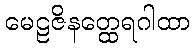
မေဠဇိနတ္ထေရဂါထာ